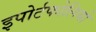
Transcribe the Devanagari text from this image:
इपोर्टफोलियो